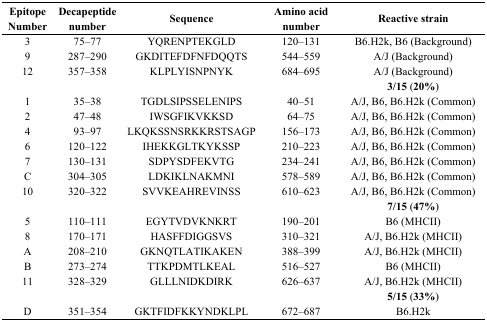
<table><thead><tr><td><b>Epitope Number</b></td><td><b>Decapeptide number</b></td><td><b>Sequence</b></td><td><b>Amino acid number</b></td><td><b>Reactive strain</b></td></tr></thead><tbody><tr><td>3</td><td>75–77</td><td>YQRENPTEKGLD</td><td>120–131</td><td>B6.H2k, B6 (Background)</td></tr><tr><td>9</td><td>287–290</td><td>GKDITEFDFNFDQQTS</td><td>544–559</td><td>A/J (Background)</td></tr><tr><td>12</td><td>357–358</td><td>KLPLYISNPNYK</td><td>684–695</td><td>A/J (Background)</td></tr><tr><td></td><td></td><td></td><td></td><td><b>3/15 (20%)</b></td></tr><tr><td>1</td><td>35–38</td><td>TGDLSIPSSELENIPS</td><td>40–51</td><td>A/J, B6, B6.H2k (Common)</td></tr><tr><td>2</td><td>47–48</td><td>IWSGFIKVKKSD</td><td>64–75</td><td>A/J, B6, B6.H2k (Common)</td></tr><tr><td>4</td><td>93–97</td><td>LKQKSSNSRKKRSTSAGP</td><td>156–173</td><td>A/J, B6, B6.H2k (Common)</td></tr><tr><td>6</td><td>120–122</td><td>IHEKKGLTKYKSSP</td><td>210–223</td><td>A/J, B6, B6.H2k (Common)</td></tr><tr><td>7</td><td>130–131</td><td>SDPYSDFEKVTG</td><td>234–241</td><td>A/J, B6, B6.H2k (Common)</td></tr><tr><td>C</td><td>304–305</td><td>LDKIKLNAKMNI</td><td>578–589</td><td>A/J, B6, B6.H2k (Common)</td></tr><tr><td>10</td><td>320–322</td><td>SVVKEAHREVINSS</td><td>610–623</td><td>A/J, B6, B6.H2k (Common)</td></tr><tr><td></td><td></td><td></td><td></td><td><b>7/15 (47%)</b></td></tr><tr><td>5</td><td>110–111</td><td>EGYTVDVKNKRT</td><td>190–201</td><td>B6 (MHCII)</td></tr><tr><td>8</td><td>170–171</td><td>HASFFDIGGSVS</td><td>310–321</td><td>A/J, B6.H2k (MHCII)</td></tr><tr><td>A</td><td>208–210</td><td>GKNQTLATIKAKEN</td><td>388–399</td><td>A/J, B6.H2k (MHCII)</td></tr><tr><td>B</td><td>273–274</td><td>TTKPDMTLKEAL</td><td>516–527</td><td>B6 (MHCII)</td></tr><tr><td>11</td><td>328–329</td><td>GLLLNIDKDIRK</td><td>626–637</td><td>A/J, B6.H2k (MHCII)</td></tr><tr><td></td><td></td><td></td><td></td><td><b>5/15 (33%)</b></td></tr><tr><td>D</td><td>351–354</td><td>GKTFIDFKKYNDKLPL</td><td>672–687</td><td>B6.H2k</td></tr></tbody></table>